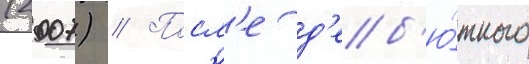
(2007) // Посл'е д'еб'ю́тного